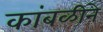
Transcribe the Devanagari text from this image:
कांबळीने